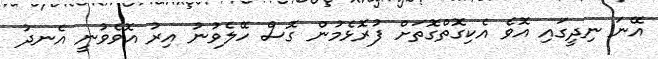
އޭނަ ނިދީގައި އޮވެ އެކިގޮތްގޮތަށް ފުރޮޅެމުން ގޮސް ހޭލެވުނު އިރު އޮވެވުނީ އެނދު